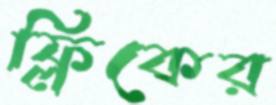
ফ্লিকের